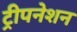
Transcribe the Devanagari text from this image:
ट्रीपनेशन